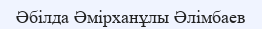
Әбілда Әмірханұлы Әлімбаев